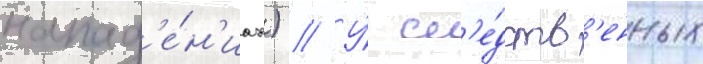
напад'е́н'иах) // У́ сл'е́дств'енных